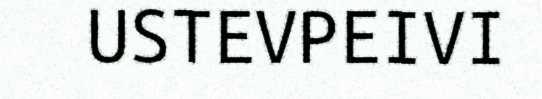
USTEVPEIVI